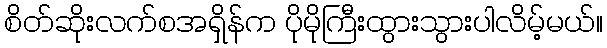
စိတ်ဆိုးလက်စအရှိန်က ပိုမိုကြီးထွားသွားပါလိမ့်မယ်။